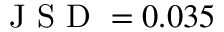
\mathrm { ~ J ~ S ~ D ~ } = 0 . 0 3 5